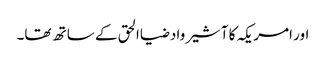
اور امریکہ کا آشیرواد ضیاالحق کے ساتھ تھا۔